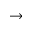
\to